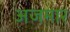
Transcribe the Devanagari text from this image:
अजमार